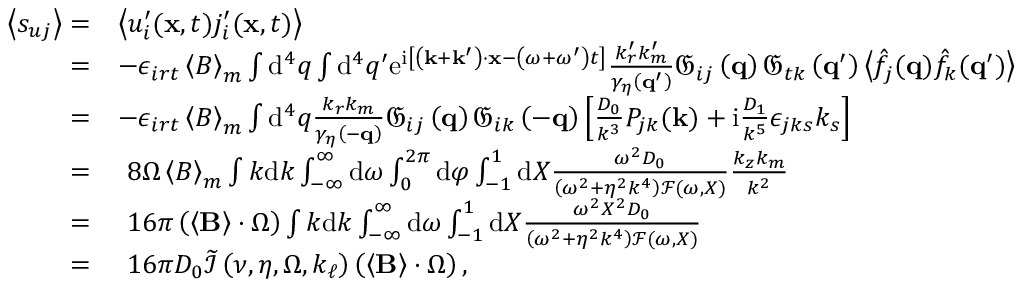
\begin{array} { r l } { \left\langle s _ { u j } \right\rangle = } & { \left\langle u _ { i } ^ { \prime } ( \mathbf { x } , t ) j _ { i } ^ { \prime } ( \mathbf { x } , t ) \right\rangle } \\ { = } & { - \epsilon _ { i r t } \left\langle B \right\rangle _ { m } \int \mathrm { d } ^ { 4 } q \int \mathrm { d } ^ { 4 } q ^ { \prime } \mathrm { e } ^ { \mathrm { i } \left[ \left( \mathbf { k } + \mathbf { k } ^ { \prime } \right) \cdot \mathbf { x } - \left( \omega + \omega ^ { \prime } \right) t \right] } \frac { k _ { r } ^ { \prime } k _ { m } ^ { \prime } } { \gamma _ { \eta } \left( \mathbf { q } ^ { \prime } \right) } \mathfrak { G } _ { i j } \left( \mathbf { q } \right) \mathfrak { G } _ { t k } \left( \mathbf { q } ^ { \prime } \right) \left\langle \hat { f } _ { j } ( \mathbf { q } ) \hat { f } _ { k } ( \mathbf { q } ^ { \prime } ) \right\rangle } \\ { = } & { - \epsilon _ { i r t } \left\langle B \right\rangle _ { m } \int \mathrm { d } ^ { 4 } q \frac { k _ { r } k _ { m } } { \gamma _ { \eta } \left( - \mathbf { q } \right) } \mathfrak { G } _ { i j } \left( \mathbf { q } \right) \mathfrak { G } _ { i k } \left( - \mathbf { q } \right) \left[ \frac { D _ { 0 } } { k ^ { 3 } } P _ { j k } ( \mathbf { k } ) + \mathrm { i } \frac { D _ { 1 } } { k ^ { 5 } } \epsilon _ { j k s } k _ { s } \right] } \\ { = } & { \, \, 8 \Omega \left\langle B \right\rangle _ { m } \int k \mathrm { d } k \int _ { - \infty } ^ { \infty } \mathrm { d } \omega \int _ { 0 } ^ { 2 \pi } \mathrm { d } \varphi \int _ { - 1 } ^ { 1 } \mathrm { d } X \frac { \omega ^ { 2 } D _ { 0 } } { \left( \omega ^ { 2 } + \eta ^ { 2 } k ^ { 4 } \right) \mathcal { F } ( \omega , X ) } \frac { k _ { z } k _ { m } } { k ^ { 2 } } } \\ { = } & { \, \, 1 6 \pi \left( \left\langle \mathbf { B } \right\rangle \cdot \boldsymbol { \Omega } \right) \int k \mathrm { d } k \int _ { - \infty } ^ { \infty } \mathrm { d } \omega \int _ { - 1 } ^ { 1 } \mathrm { d } X \frac { \omega ^ { 2 } X ^ { 2 } D _ { 0 } } { \left( \omega ^ { 2 } + \eta ^ { 2 } k ^ { 4 } \right) \mathcal { F } ( \omega , X ) } } \\ { = } & { \, \, 1 6 \pi D _ { 0 } \widetilde { \mathcal { I } } \left( \nu , \eta , \Omega , k _ { \ell } \right) \left( \left\langle \mathbf { B } \right\rangle \cdot \boldsymbol { \Omega } \right) , } \end{array}